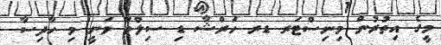
މީގެ އިތުރުން މިނިސްޓަރ ޑރ ހަރްޝާ ޑި ސިލްވާ ވަނީ މި ހާދިސާ